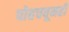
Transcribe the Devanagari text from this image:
पोहचवूनही